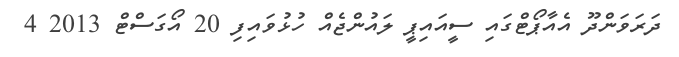
ދަރަވަންދޫ އެއާޕޯޓްގައި ސީއައިޕީ ލައުންޖެއް ހުޅުވައިފި 20 އޯގަސްޓް 2013 4